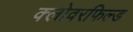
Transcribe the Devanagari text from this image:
क्लोवरफिल्ड